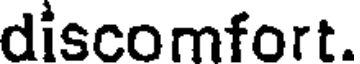
discomfort.